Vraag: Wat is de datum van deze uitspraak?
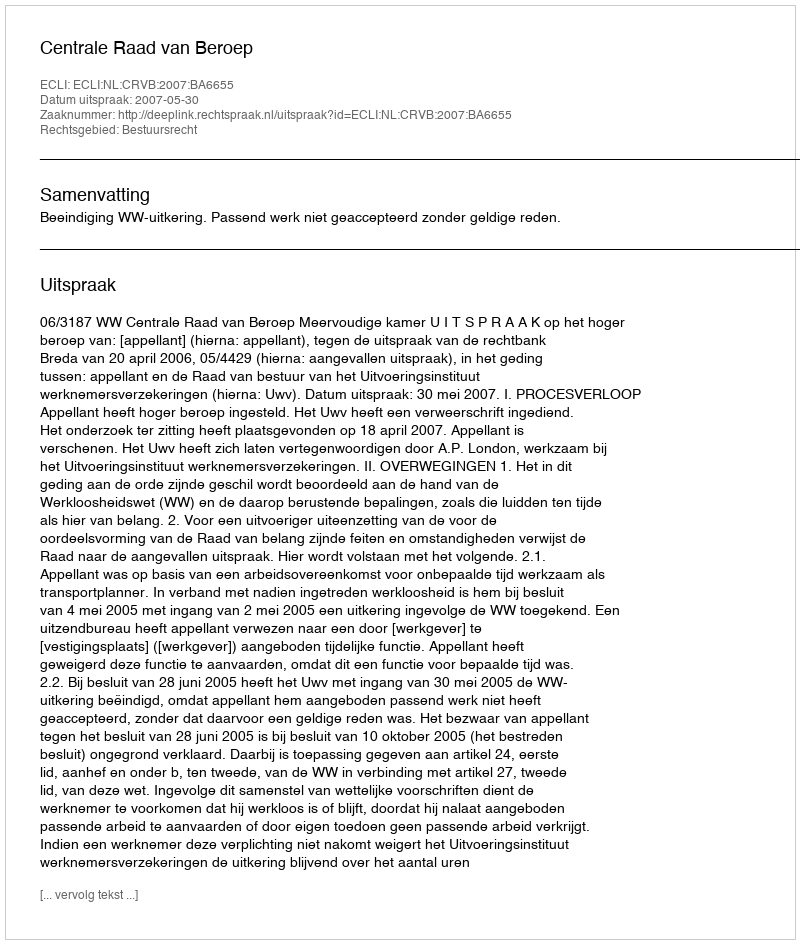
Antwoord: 2007-05-30